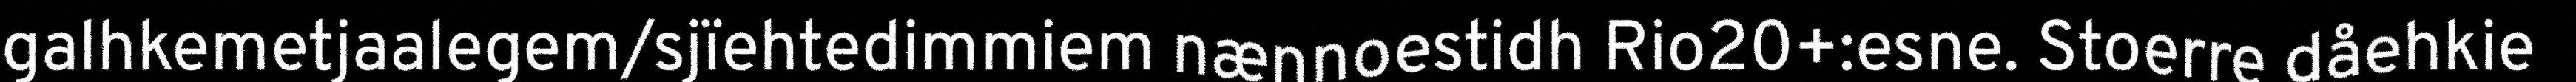
galhkemetjaalegem/sjïehtedimmiem nænnoestidh Rio20+:esne. Stoerre dåehkie